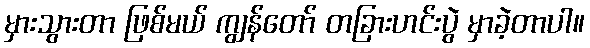
မှားသွားတာ ဖြစ်မယ် ကျွန်တော် တခြားဟင်းပွဲ မှာခဲ့တာပါ။